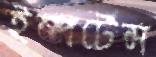
ইম্পর্টেন্স